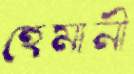
হেমানী